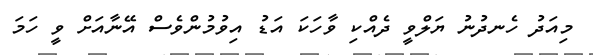
މިއަދު ހެނދުނު ޔަލްވީ ދެއްކި ވާހަކަ އަޑު އިވުމުންވެސް އޭނާއަށް ވީ ހަމަ